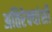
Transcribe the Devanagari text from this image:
अतिरेक्यांशी